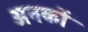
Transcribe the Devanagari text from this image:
अनकों